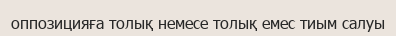
оппозицияға толық немесе толық емес тиым салуы